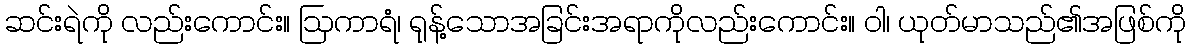
ဆင်းရဲကို လည်းကောင်း။ ဩကာရံ၊ ရုန့်သောအခြင်းအရာကိုလည်းကောင်း။ ဝါ၊ ယုတ်မာသည်၏အဖြစ်ကို